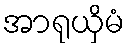
အာရုယှိမံ